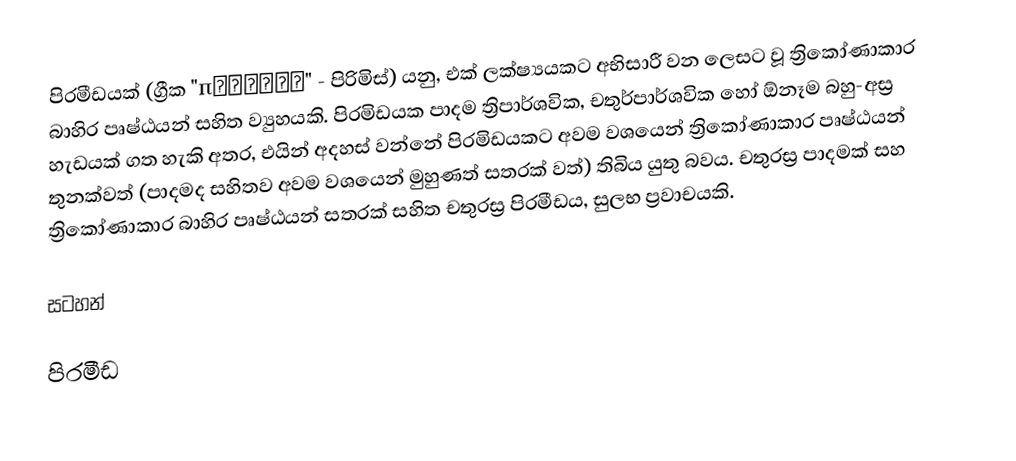
පිරමීඩයක් (ග්‍රීක "πυραμίς" - පිරිමිස්) යනු, එක් ලක්ෂ්‍යයකට අභිසාරී වන ලෙසට වූ ත්‍රිකෝණාකාර බාහිර පෘෂ්ඨයන්  සහිත ව්‍යුහයකි. පිරමිඩයක පාදම ත්‍රිපාර්ශවික, චතුර්පාර්ශවික හෝ ඕනෑම බහු-අස්‍ර හැඩයක් ගත හැකි අතර, එයින් අදහස් වන්නේ පිරමිඩයකට අවම වශයෙන් ත්‍රිකෝණාකාර පෘෂ්ඨයන් තුනක්වත් (පාදමද සහිතව අවම වශයෙන් මුහුණත් සතරක් වත්) තිබිය යුතු   බවය.  චතුරස්‍ර පාදමක් සහ ත්‍රිකෝණාකාර බාහිර පෘෂ්ඨයන් සතරක් සහිත චතුරස්‍ර පිරමීඩය, සුලභ ප්‍රවාචයකි.

සටහන්

පිරමීඩ